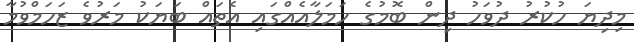
މިދިޔަ ހުކުރު ދުވަހު ދިން ބޮމުގެ ހަމަލާއެއްގައި އެތައް ބަޔަކު މަރުވެ ޒަހަމްވުމާ